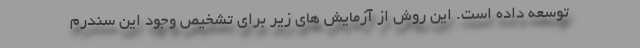
توسعه داده است. این روش از آزمایش های زیر برای تشخیص وجود این سندرم